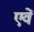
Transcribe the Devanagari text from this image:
एवें